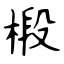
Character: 椴